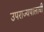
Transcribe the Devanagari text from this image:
उपराज्यपालाची